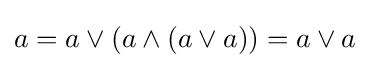
a=a\vee (a\wedge (a\vee a))=a\vee a